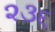
૨૩૬